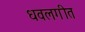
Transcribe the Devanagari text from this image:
धवलगीत